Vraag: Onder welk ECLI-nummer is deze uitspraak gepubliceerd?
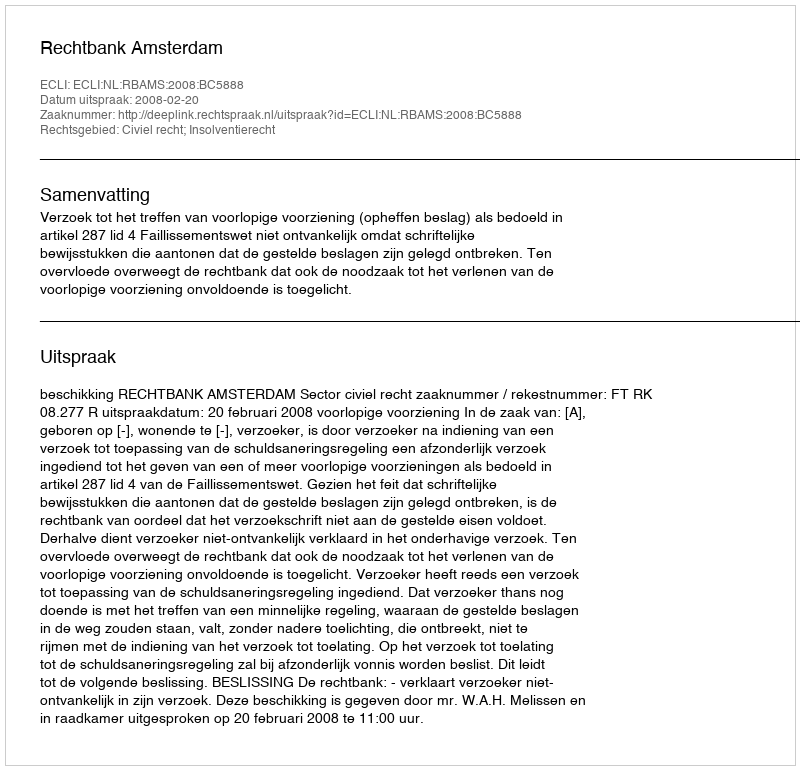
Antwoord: ECLI:NL:RBAMS:2008:BC5888